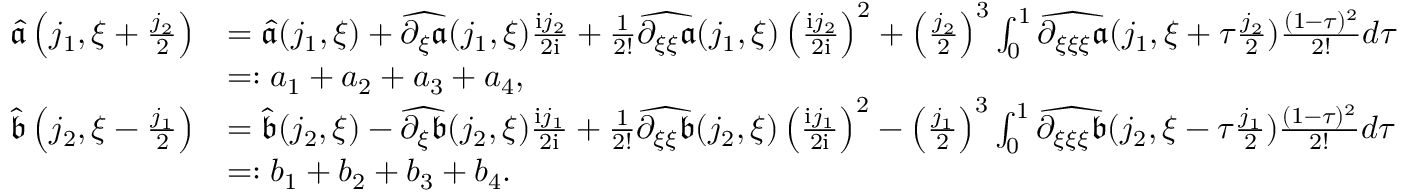
\begin{array} { r l } { \widehat { \mathfrak { a } } \left( j _ { 1 } , \xi + \frac { j _ { 2 } } 2 \right) } & { = \widehat { \mathfrak { a } } ( j _ { 1 } , \xi ) + \widehat { \partial _ { \xi } \mathfrak { a } } ( j _ { 1 } , \xi ) \frac { \mathrm { i } j _ { 2 } } { 2 \mathrm { i } } + \frac { 1 } { 2 ! } \widehat { \partial _ { \xi \xi } \mathfrak { a } } ( j _ { 1 } , \xi ) \left( \frac { \mathrm { i } j _ { 2 } } { 2 \mathrm { i } } \right) ^ { 2 } + \left( \frac { j _ { 2 } } { 2 } \right) ^ { 3 } \int _ { 0 } ^ { 1 } \widehat { \partial _ { \xi \xi \xi } \mathfrak { a } } ( j _ { 1 } , \xi + \tau \frac { j _ { 2 } } 2 ) \frac { ( 1 - \tau ) ^ { 2 } } { 2 ! } d \tau } \\ & { = : a _ { 1 } + a _ { 2 } + a _ { 3 } + a _ { 4 } , } \\ { \widehat { \mathfrak { b } } \left( j _ { 2 } , \xi - \frac { j _ { 1 } } 2 \right) } & { = \widehat { \mathfrak { b } } ( j _ { 2 } , \xi ) - \widehat { \partial _ { \xi } \mathfrak { b } } ( j _ { 2 } , \xi ) \frac { \mathrm { i } j _ { 1 } } { 2 \mathrm { i } } + \frac { 1 } { 2 ! } \widehat { \partial _ { \xi \xi } \mathfrak { b } } ( j _ { 2 } , \xi ) \left( \frac { \mathrm { i } j _ { 1 } } { 2 \mathrm { i } } \right) ^ { 2 } - \left( \frac { j _ { 1 } } { 2 } \right) ^ { 3 } \int _ { 0 } ^ { 1 } \widehat { \partial _ { \xi \xi \xi } \mathfrak { b } } ( j _ { 2 } , \xi - \tau \frac { j _ { 1 } } 2 ) \frac { ( 1 - \tau ) ^ { 2 } } { 2 ! } d \tau } \\ & { = : b _ { 1 } + b _ { 2 } + b _ { 3 } + b _ { 4 } . } \end{array}